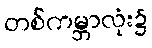
တစ်ကမ္ဘာလုံး၌